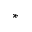
^ \ast